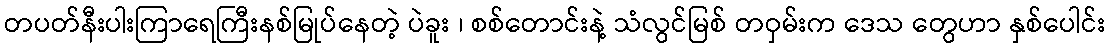
တပတ်နီးပါးကြာရေကြီးနစ်မြုပ်နေတဲ့ ပဲခူး ၊ စစ်တောင်းနဲ့ သံလွင်မြစ် တဝှမ်းက ဒေသ တွေဟာ နှစ်ပေါင်း